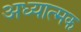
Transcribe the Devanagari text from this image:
अध्यात्मक